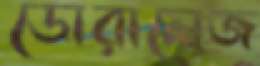
ডোরালেজ